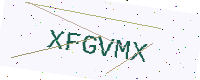
Text: XFGVMX